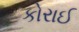
કોરાઈ